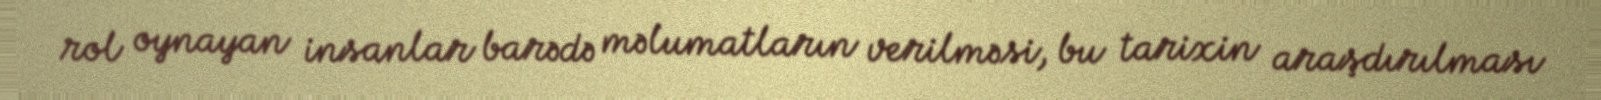
rol oynayan insanlar barədə məlumatların verilməsi, bu tarixin araşdırılması